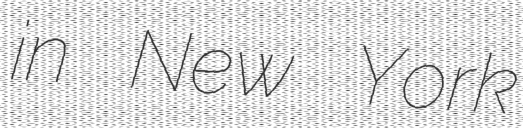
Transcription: in New York